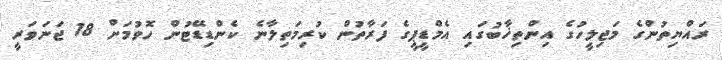
ރައްޔިތުންގެ މަޖިލީހުގެ އިންތިޚާބުގައި އެމްޑީޕީގެ ފަރާތުން ކުރިމަތިލާނެ ކެންޑިޑޭޓުން ހޮވުމަށް 18 ޖަނަވަރީ